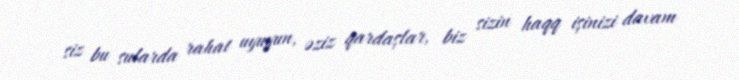
siz bu sularda rahat uyuyun, əziz qardaşlar, biz sizin haqq işinizi davam